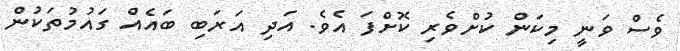
ވެސް ވަނީ މިކަން ކުށްވެރި ކޮށްފަ އެވެ. އަދި އަރަބި ބައެއް ގައުމުތަކުން